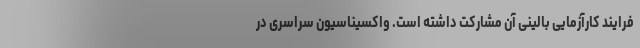
فرایند کارآزمایی بالینی آن مشارکت داشته است. واکسیناسیون سراسری در